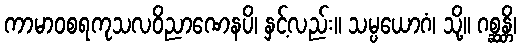
ကာမာဝစရကုသလဝိညာဏေနပိ၊ နှင့်လည်း။ သမ္ပယောဂံ၊ သို့။ ဂစ္ဆန္တိ၊